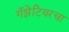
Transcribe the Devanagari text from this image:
गॅझेटियरचा